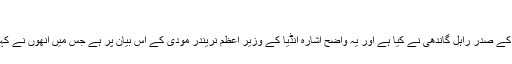
'
انڈیا میں چوکیدار چور ہے کا براہ راست ذکر کانگریس کے صدر راہل گاندھی نے کیا ہے اور یہ واضح اشارہ انڈیا کے وزیر اعظم نریندر مودی کے اس بیان پر ہے جس میں انھوں نے کہا تھا کہ وہ 'وزیر اعظم نہیں بلکہ ملک کے چوکیدار ہیں۔